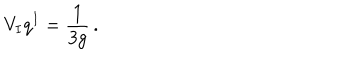
LaTeX: V _ { I } q ^ { I } = \frac { 1 } { 3 g } \, .